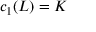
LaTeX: c _ { 1 } ( L ) = K